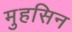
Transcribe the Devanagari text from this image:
मुहसिन